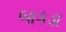
બાકડા